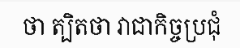
ថា ត្បិតថា វាជាកិច្ចប្រជុំ